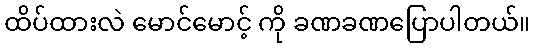
ထိပ်ထားလဲ မောင်မောင့် ကို ခဏခဏပြောပါတယ်။